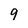
Character: 9